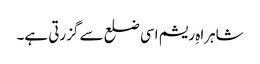
شاہراہِ ریشم اسی ضلع سے گزرتی ہے۔